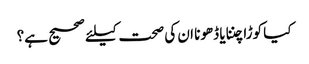
کیا کوڑا چننا یا ڈھونا ان کی صحت کیلئے صحیح ہے؟